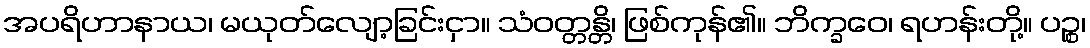
အပရိဟာနာယ၊ မယုတ်လျော့ခြင်းငှာ။ သံဝတ္တန္တိ၊ ဖြစ်ကုန်၏။ ဘိက္ခဝေ၊ ရဟန်းတို့။ ပဉ္စ၊